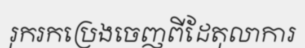
រុករកប្រេងចេញពីដែតុលាការ